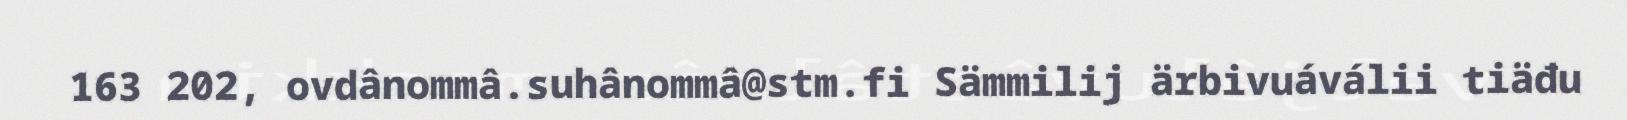
163 202, ovdânommâ.suhânommâ@stm.fi Sämmilij ärbivuáválii tiäđu